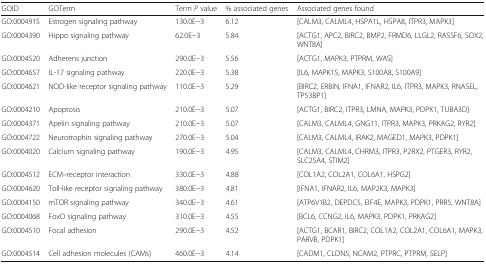
<table><thead><tr><td><b>GOID</b></td><td><b>GOTerm</b></td><td><b>Term <i>P</i> value</b></td><td><b>% associated genes</b></td><td><b>Associated genes found</b></td></tr></thead><tbody><tr><td>GO:0004915</td><td>Estrogen signaling pathway</td><td>130.0E−3</td><td>6.12</td><td>[CALM3, CALML4, HSPA1L, HSPA8, ITPR3, MAPK3]</td></tr><tr><td>GO:0004390</td><td>Hippo signaling pathway</td><td>62.0E−3</td><td>5.84</td><td>[ACTG1, APC2, BIRC2, BMP2, FRMD6, LLGL2, RASSF6, SOX2, WNT8A]</td></tr><tr><td>GO:0004520</td><td>Adherens junction</td><td>290.0E−3</td><td>5.56</td><td>[ACTG1, MAPK3, PTPRM, WAS]</td></tr><tr><td>GO:0004657</td><td>IL-17 signaling pathway</td><td>220.0E−3</td><td>5.38</td><td>[IL6, MAPK15, MAPK3, S100A8, S100A9]</td></tr><tr><td>GO:0004621</td><td>NOD-like receptor signaling pathway</td><td>110.0E−3</td><td>5.29</td><td>[BIRC2, ERBIN, IFNA1, IFNAR2, IL6, ITPR3, MAPK3, RNASEL, TP53BP1]</td></tr><tr><td>GO:0004210</td><td>Apoptosis</td><td>210.0E−3</td><td>5.07</td><td>[ACTG1, BIRC2, ITPR3, LMNA, MAPK3, PDPK1, TUBA3D]</td></tr><tr><td>GO:0004371</td><td>Apelin signaling pathway</td><td>210.0E−3</td><td>5.07</td><td>[CALM3, CALML4, GNG11, ITPR3, MAPK3, PRKAG2, RYR2]</td></tr><tr><td>GO:0004722</td><td>Neurotrophin signaling pathway</td><td>270.0E−3</td><td>5.04</td><td>[CALM3, CALML4, IRAK2, MAGED1, MAPK3, PDPK1]</td></tr><tr><td>GO:0004020</td><td>Calcium signaling pathway</td><td>190.0E−3</td><td>4.95</td><td>[CALM3, CALML4, CHRM3, ITPR3, P2RX2, PTGER3, RYR2, SLC25A4, STIM2]</td></tr><tr><td>GO:0004512</td><td>ECM–receptor interaction</td><td>330.0E−3</td><td>4.88</td><td>[COL1A2, COL2A1, COL6A1, HSPG2]</td></tr><tr><td>GO:0004620</td><td>Toll-like receptor signaling pathway</td><td>380.0E−3</td><td>4.81</td><td>[IFNA1, IFNAR2, IL6, MAP2K3, MAPK3]</td></tr><tr><td>GO:0004150</td><td>mTOR signaling pathway</td><td>340.0E−3</td><td>4.61</td><td>[ATP6V1B2, DEPDC5, EIF4E, MAPK3, PDPK1, PRR5, WNT8A]</td></tr><tr><td>GO:0004068</td><td>FoxO signaling pathway</td><td>310.0E−3</td><td>4.55</td><td>[BCL6, CCNG2, IL6, MAPK3, PDPK1, PRKAG2]</td></tr><tr><td>GO:0004510</td><td>Focal adhesion</td><td>290.0E−3</td><td>4.52</td><td>[ACTG1, BCAR1, BIRC2, COL1A2, COL2A1, COL6A1, MAPK3, PARVB, PDPK1]</td></tr><tr><td>GO:0004514</td><td>Cell adhesion molecules (CAMs)</td><td>460.0E−3</td><td>4.14</td><td>[CADM1, CLDN5, NCAM2, PTPRC, PTPRM, SELP]</td></tr></tbody></table>